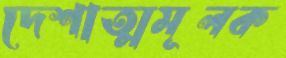
দেশাত্মমূলক